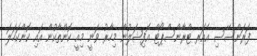
ފަރަންސޭސި އެއަރ ޓްރާންސްޕޯޓް އޮފިޝަލުން މިހާރު ވަނީ މިއީ ކޮންތާކުން އައި ކޮންކަހަލަ